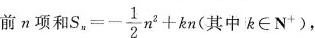
前n项和 $$S _ { n } = - \frac { 1 } { 2 } n ^ { 2 } + k n$$(其中k \in N^{+})，